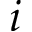
i